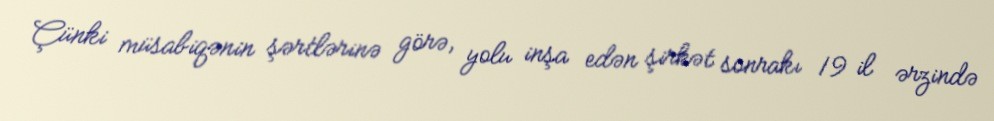
Çünki müsabiqənin şərtlərinə görə, yolu inşa edən şirkət sonrakı 19 il ərzində